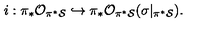
i : \pi _ { * } { \cal O } _ { \pi ^ { * } { \cal S } } \hookrightarrow \pi _ { * } { \cal O } _ { \pi ^ { * } { \cal S } } ( \sigma | _ { \pi ^ { * } { \cal S } } ) .